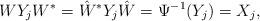
LaTeX: \begin{align*} WY_jW^*=\hat{W}^*Y_j\hat{W}=\Psi^{-1}(Y_j)=X_j,\end{align*}